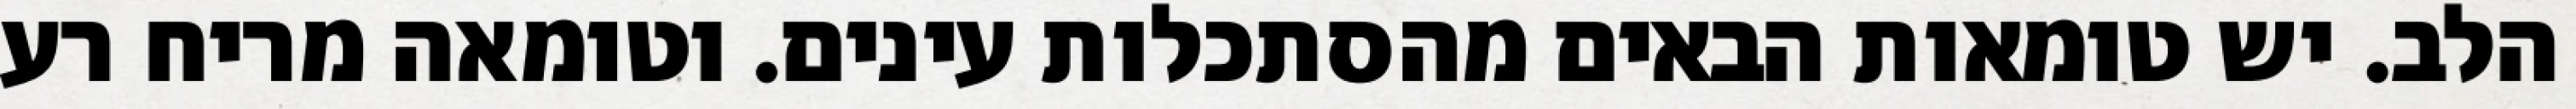
הלב. יש טומאות הבאים מהסתכלות עינים. וטומאה מריח רע